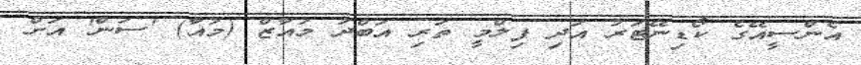
އެންސީއޭގެ ކޯޑިނޭޓަރު އަދި ފިލްމީ ތަރި އަބްދު މުއާޒް (މުއާ) 'ސަން' އަށް